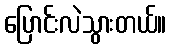
ပြောင်းလဲသွားတယ်။